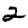
Digit: 2